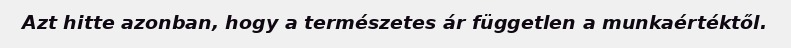
Azt hitte azonban, hogy a természetes ár független a munkaértéktől.